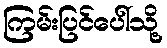
ကြမ်းပြင်ပေါ်သို့